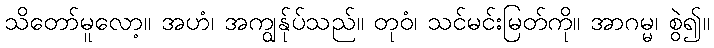
သိတော်မူလော့။ အဟံ၊ အကျွန်ုပ်သည်။ တုဝံ၊ သင်မင်းမြတ်ကို။ အာဂမ္မ၊ စွဲ၍။